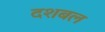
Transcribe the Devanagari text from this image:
दशबल